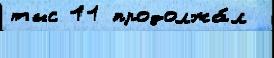
тыс 11 продолжа́л